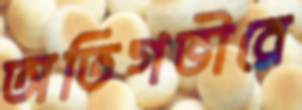
অতিগভীরে